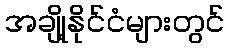
အချို့နိုင်ငံများတွင်